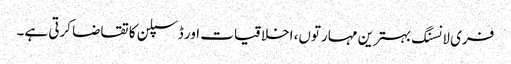
فری لانسنگ بہترین مہارتوں، اخلاقیات اور ڈسپلن کا تقاضا کرتی ہے۔